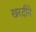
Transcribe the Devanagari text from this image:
खरदीने